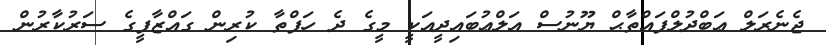
ޖެނެރަލް ޢަބްދުލްފައްތާޙް ޔޫނުސް އަލްޢުބައިދީއަކީ މީގެ ދެ ހަފްތާ ކުރިން ގައްޒާފީގެ ސަރުކާރުން